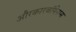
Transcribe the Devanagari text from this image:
औरकारबॉपेनम्स